Sketch of the medical history of the native army of Bombay, for the year
Year: 1870
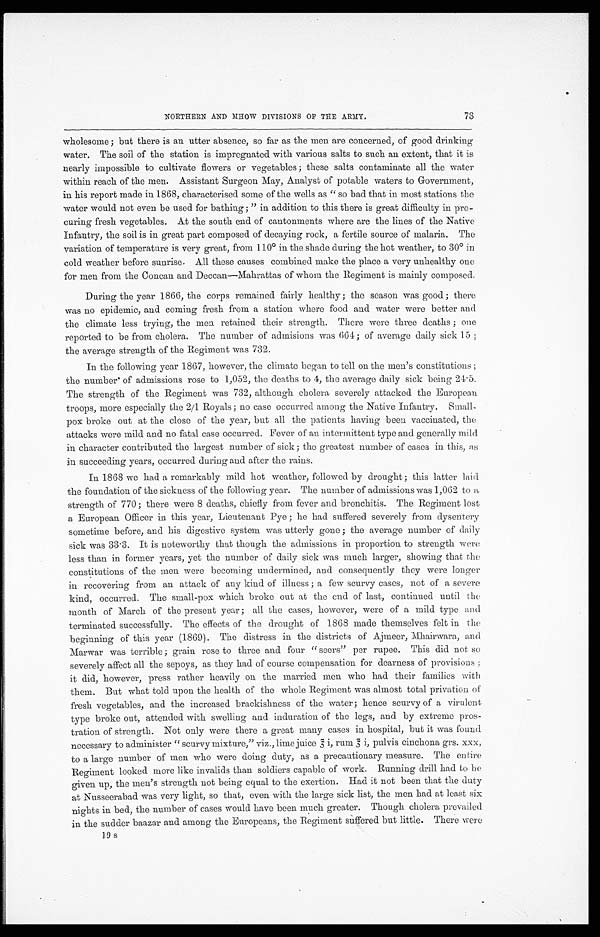
NORTHERN AND MHOW DIVISIONS OF THE ARMY.
73
wholesome; but there is an utter absence, so far as the men are concerned, of good drinking
water. The soil of the station is impregnated with various salts to such an extent, that it is
nearly impossible to cultivate flowers or vegetables; these salts contaminate all the water
within reach of the men. Assistant Surgeon May, Analyst of potable waters to Government,
in his report made in 1868, characterised some of the wells as "so bad that in most stations the
water would not even be used for bathing ;"in addition to this there is great difficulty in pro-
-curing fresh vegetables. At the south end of cantonments where are the lines of the Native
Infantry, the soil is in great part composed of decaying rock, a fertile source of malaria. The
variation of temperature is very great, from 110º in the shade during the hot weather, to 30º in
cold weather before sunrise. All these causes combined make the place a very unhealthy one
for men from the Concan and Deccan—Mahrattas of whom the Regiment is mainly composed.
During the year 1866, the corps remained fairly healthy ; the season was good ; there
was no epidemic, and coming fresh from a station where food and water were better and
the climate less trying, the men retained their strength. There were three deaths ; one
reported to be from cholera. The number of admisions was 664; of average daily sick 15 ;
the average strength of the Regiment was 732.
In the following year 1867, however, the climate began to tell on the men's constitutions ;
the number of admissions rose to 1,052, the deaths to 4, the average daily sick being 24.5.
The strength of the Regiment was 732, although cholera severely attacked the European
troops, more especially the 2/1 Royals; no case occurred among the Native Infantry. Small--
pox broke out at the close of the year, but all the patients having been vaccinated, the
attacks were mild and no fatal case occurred. Fever of an intermittent type and generally mild
in character contributed the largest number of sick ; the greatest number of cases in this, as
in succeeding years, occurred during and after the rains.
In 1868 we had a remarkably mild hot weather, followed by drought; this latter laid
the foundation of the sickness of the following year. The number of admissions was 1,062 to a
strength of 770; there were 8 deaths, chiefly from fever and bronchitis. The Regiment lost
a European Officer in this year, Lieutenant Pye ; he had suffered severely from dysentery
sometime before, and his digestive system was utterly gone ; the average number of daily
sick was 33.3. It is noteworthy that though the admissions in proportion to strength were
less than in former years, yet the number of daily sick was much larger, showing that the
constitutions of the men were becoming undermined, and consequently they were longer
in recovering from an attack of any kind of illness ; a few scurvy cases, not of a severe
kind, occurred. The small-pox which broke out at the end of last, continued until the
month of March of the present year ; all the cases, however, were of a mild type and
terminated successfully. The effects of the drought of 1868 made themselves felt in the
beginning of this year (1869). The distress in the districts of Ajmeer, Mhairwara, and
Marwar was terrible ; grain rose to three and four "seers" per rupee. This did not so
severely affect all the sepoys, as they had of course compensation for dearness of provisions ;
it did, however, press rather heavily on the married men who had their families with
them. But what told upon the health of the whole Regiment was almost total privation of
fresh vegetables, and the increased brackishness of the water; hence scurvy of a virulent
type broke out, attended with swelling and induration of the legs, and by extreme pros--
tration of strength. Not only were there a great many cases in hospital, but it was found
necessary to administer "scurvy mixture," viz., lime juice <illegible> i, rum <illegible> i pulvis cinchona grs. xxx,
to a large number of men who were doing duty, as a precautionary measure. The entire
Regiment looked more like invalids than soldiers capable of work. Running drill had to be
given up, the men's strength not being equal to the exertion. Had it not been that the duty
at Nusseerabad was very light, so that, even with the large sick list, the men had at least six
nights in bed, the number of cases would have been much greater. Though cholera prevailed
in the sadder baazar and among the Europeans, the Regiment suffered but little. There were
19 s